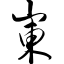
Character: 岽